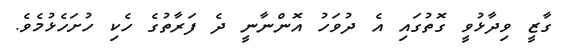
ގާޒީ ވިދާޅުވީ ގޮތުގައި އެ ދުވަހު އޮންނާނީ ދެ ފަރާތުގެ ހެކި ހުށަހެޅުމެވެ.